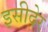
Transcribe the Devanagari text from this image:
इसीदेर